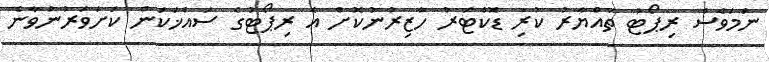
ނަމަވެސް ރިޕޯޓު ތައްޔާރު ކުރި ޑޮކްޓަރު ހާޒިރުނުކޮށް އެ ރިޕޯޓުގެ ސައްޚަކަން ކަށަވަރުނުވާނެ